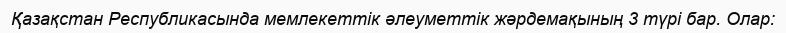
Қазақстан Республикасында мемлекеттік әлеуметтік жәрдемақының 3 түрі бар. Олар: